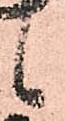
候